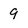
Character: 9